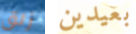
زلق بعيدين